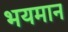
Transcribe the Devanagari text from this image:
भयमान